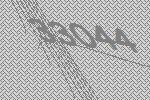
33044